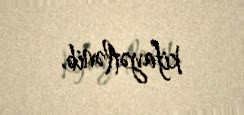
kifayətlənib.